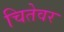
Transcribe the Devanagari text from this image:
चितेवर